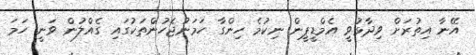
އޭނާ އިތުރަށް ވިދާޅުވީ އެމްޑީޕީން ނިކުމެ ހިންގާ ހަމަނުޖެހުންތަކުގައި ގެއްލުން ވަނީ ހަމަ